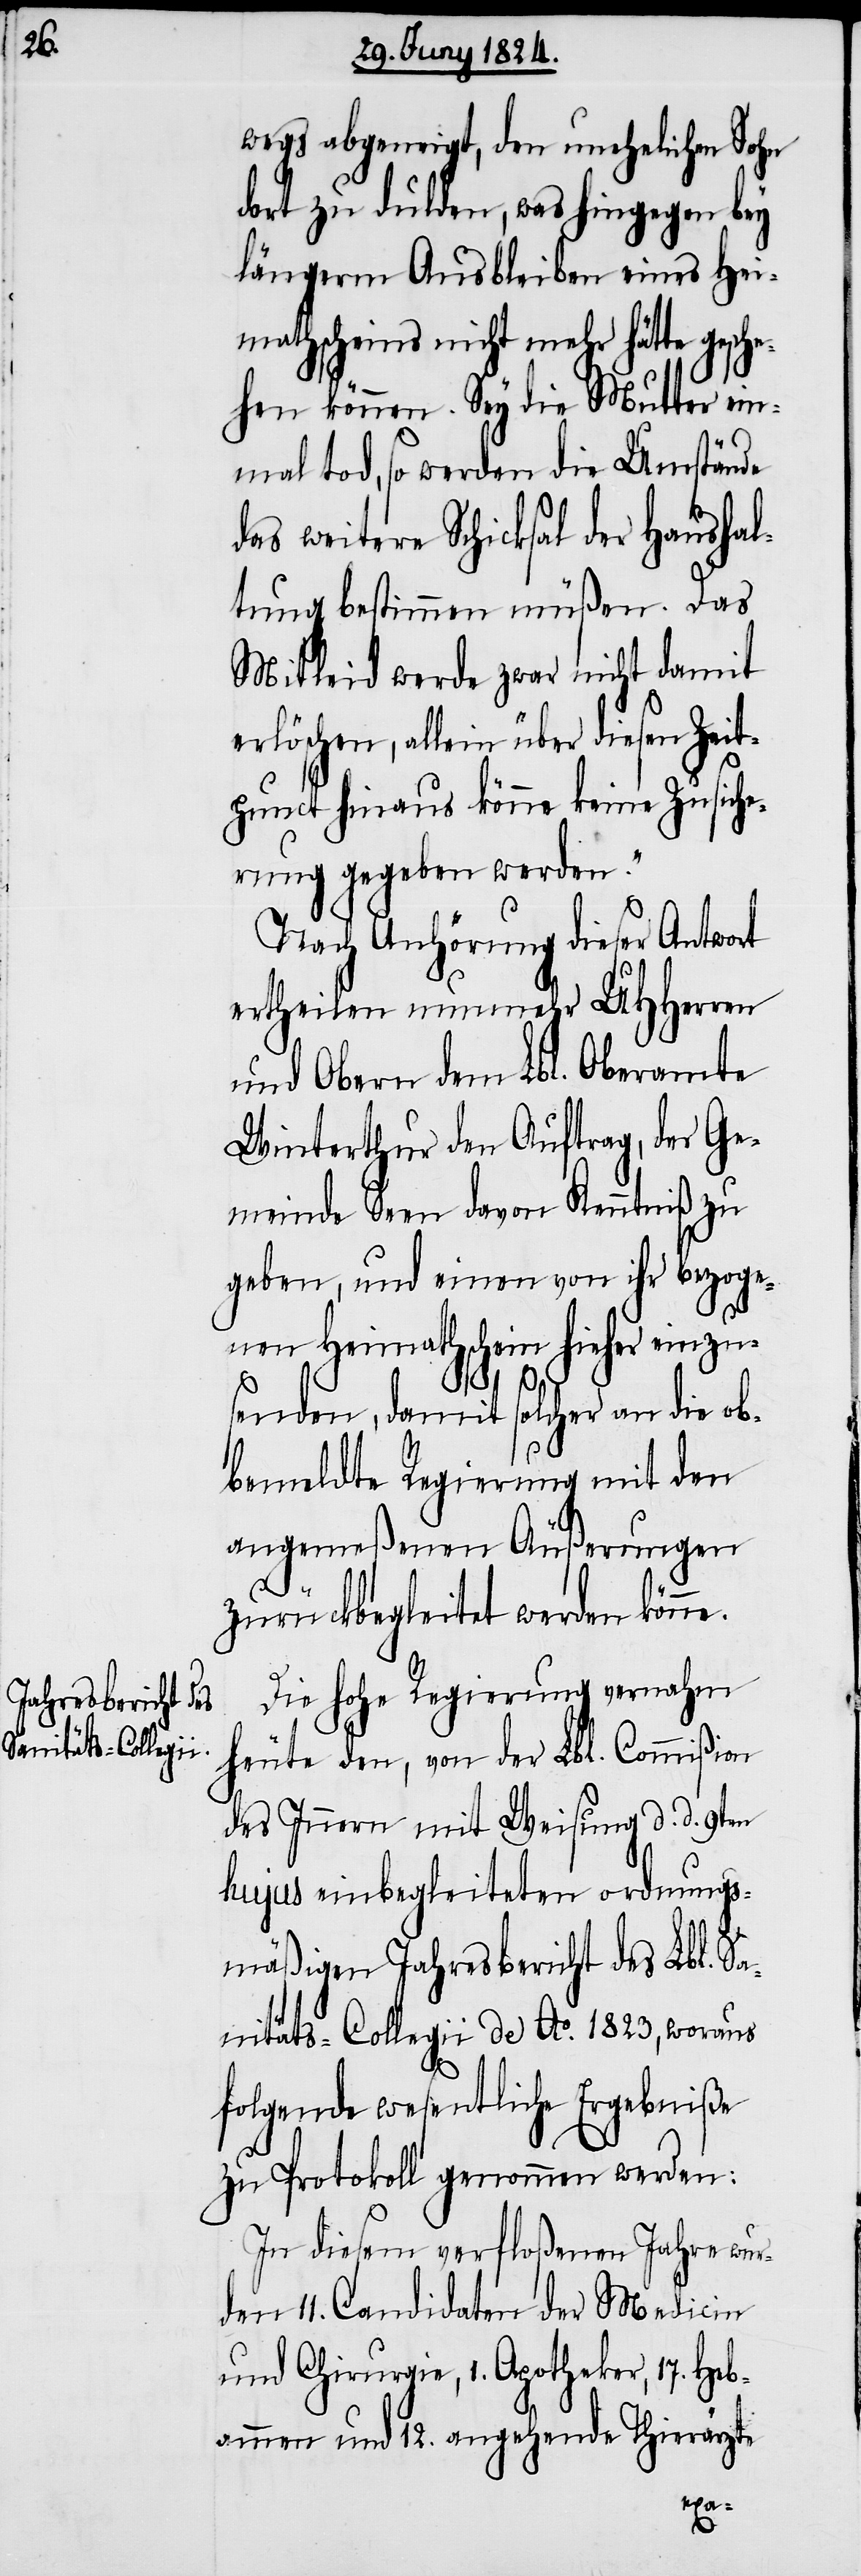
wegs abgeneigt, den unehelichen Sohn
dort zu dulden, was hingegen bey
längerm Ausbleiben eines Hei¬
mathscheins nicht mehr hätte gesche¬
hen können. Sey die Mutter ein¬
mal tod, so werden die Umstände
das weitere Schicksal der Haushal¬
tung bestimmen müßen. Das
Mitleid werde zwar nicht damit
erlöschen, allein über diesen Zeit¬
punct hinaus könne keine Zusiche¬
rung gegeben werden.“
Nach Anhörung dieser Antwort
ertheilen nunmehr UHHerren
und Obern dem Lbl. Oberamte
Winterthur den Auftrag, der Ge¬
meinde Seen davon Kenntniß zu
geben, und einen von ihr bezoge¬
nen Heimathschein hieher einzu¬
senden, damit solcher an die ob¬
bemeldte Regierung mit den
angemeßenen Äußerungen
zurückbegleitet werden könne.
Die hohe Regierung vernahm
heute den, von der Lbl. Commißion
des Innern mit Weisung d. d. 9ten
hujus einbegleiteten ordnungs¬
mäßigen Jahresbericht des Lbl. Sa¬
nitäts-Collegii de Ao. 1823, woraus
folgende wesentliche Ergebniße
zu Protokoll genommen werden:
In diesem verfloßenen Jahre wur¬
den 11. Candidaten der Medicin
und Chirurgie, 1. Apotheker, 17. Heb¬
ammen und 12. angehende Thierärzte